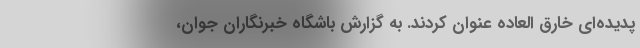
پدیده‌ای خارق العاده عنوان کردند. به گزارش باشگاه خبرنگاران جوان،